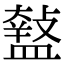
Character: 𥂱